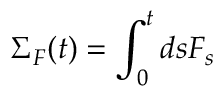
\Sigma _ { F } ( t ) = \int _ { 0 } ^ { t } d s F _ { s }